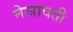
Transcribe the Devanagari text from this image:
नेञावती